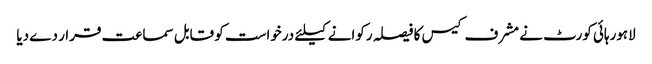
لاہورہائی کورٹ نے مشرف کیس کا فیصلہ رکوانے کیلئے درخواست کو قابل سماعت قرار دے دیا